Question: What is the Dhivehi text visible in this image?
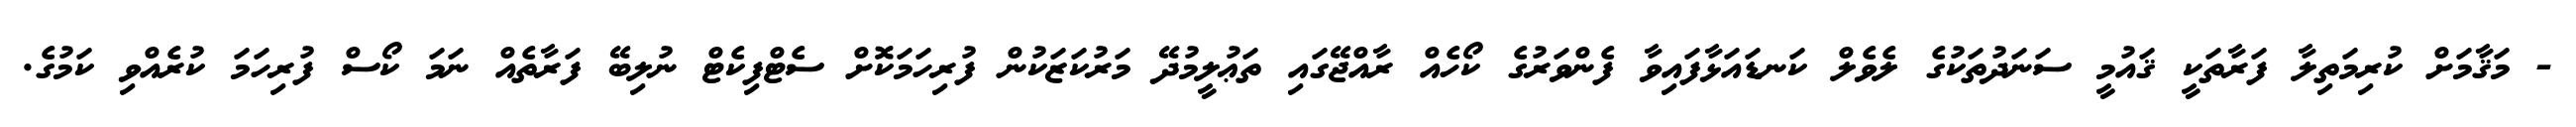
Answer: - މަޤާމަށް ކުރިމަތިލާ ފަރާތަކީ ޤައުމީ ސަނަދުތަކުގެ ލެވެލް ކަނޑައަޅާފައިވާ ފެންވަރުގެ ކޯހެއް ރާއްޖޭގައި ތަޢުލީމުދޭ މަރުކަޒަކުން ފުރިހަމަކޮށް ސެޓްފިކެޓް ނުލިބޭ ފަރާތެއް ނަމަ ކޯސް ފުރިހަމަ ކުރެއްވި ކަމުގެ.